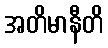
အတိမာနီတိ